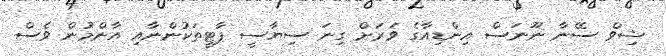
ޝިވް ސޭނާ ނޫނަސް އިންޑިއާގެ ވަރަށް ގިނަ ސިޔާސީ ޕާޓީތަކުންނާއި އާންމުން ވެސް